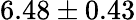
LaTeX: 6.48\pm 0.43